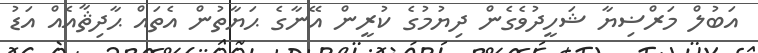
އަބުލް މަރްޟިޔާ ޝަހީދުވެގެން ދިޔުމުގެ ކުރީން އޭނާގެ ޙަޔާތުން އެތައް ޙާދިޘާއެއް އަޑު